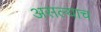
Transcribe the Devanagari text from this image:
असल्याच